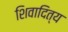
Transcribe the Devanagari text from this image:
शिवादित्य